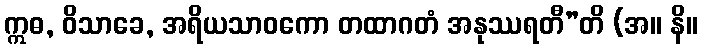
ဣဓ, ဝိသာခေ, အရိယသာဝကော တထာဂတံ အနုဿရတီ”တိ (အ။ နိ။